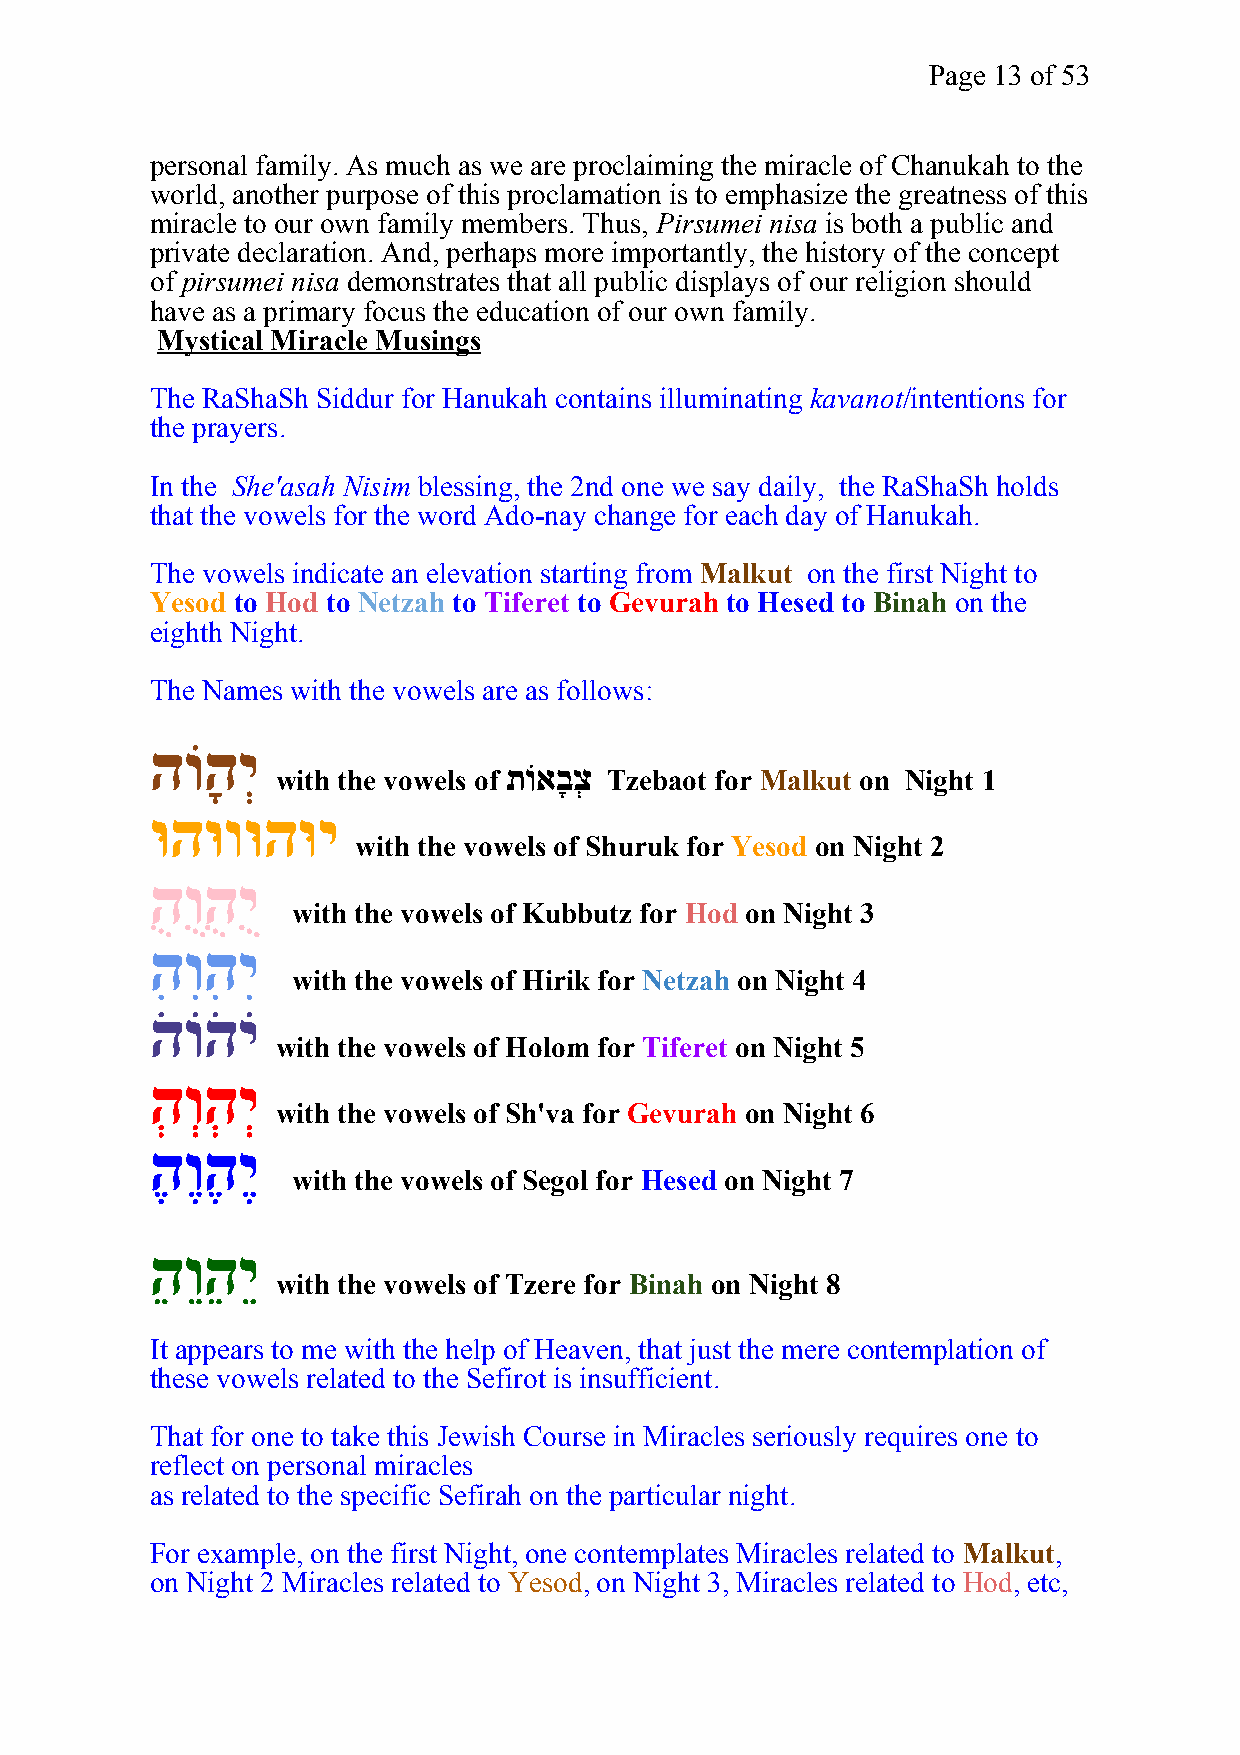
Page 13 of 53
 personal family. As much as we are proclaiming the miracle of Chanukah to the
 world, another purpose of this proclamation is to emphasize the greatness of this
 miracle to our own family members. Thus, Pirsumei nisa is both a public and
 private declaration. And, perhaps more importantly, the history of the concept
 of pirsumei nisa demonstrates that all public displays of our religion should
 have as a primary focus the education of our own family.
 Mystical Miracle Musings
 The RaShaSh Siddur for Hanukah contains illuminating kavanot/intentions for
 the prayers.
 In the She'asah Nisim blessing, the 2nd one we say daily, the RaShaSh holds
 that the vowels for the word Ado-nay change for each day of Hanukah.
 The vowels indicate an elevation starting from Malkut on the first Night to
 Yesod to Hod to Netzah to Tiferet to Gevurah to Hesed to Binah on the
 eighth Night.
 The Names with the vowels are as follows:
 הוֹהָ יְ
 תוֹאבָצְ
 with the vowels of    Tzebaot for Malkut on Night 1
 וּהוּווּהוּי
 with the vowels of Shuruk for Yesod on Night 2
 הֻ וֻהֻ יֻ
 with the vowels of Kubbutz for Hod on Night 3
 הִ וִהִ יִ
 with the vowels of Hirik for Netzah on Night 4
 הֹ וֹהֹ יֹ
 with the vowels of Holom for Tiferet on Night 5
 הְ וְהְ יְ
 with the vowels of Sh'va for Gevurah on Night 6
 הֶ וֶהֶ יֶ
 with the vowels of Segol for Hesed on Night 7
 הֵ וֵהֵ יֵ
 with the vowels of Tzere for Binah on Night 8
 It appears to me with the help of Heaven, that just the mere contemplation of
 these vowels related to the Sefirot is insufficient.
 That for one to take this Jewish Course in Miracles seriously requires one to
 reflect on personal miracles
 as related to the specific Sefirah on the particular night.
 For example, on the first Night, one contemplates Miracles related to Malkut,
 on Night 2 Miracles related to Yesod, on Night 3, Miracles related to Hod, etc,